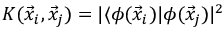
K ( \vec { x } _ { i } , \vec { x } _ { j } ) = \vert \langle \phi ( \vec { x } _ { i } ) \vert \phi ( \vec { x } _ { j } ) \vert ^ { 2 }